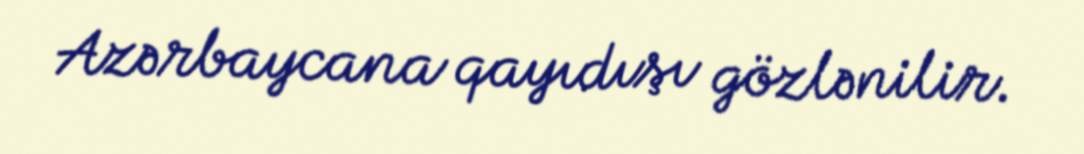
Azərbaycana qayıdışı gözlənilir.